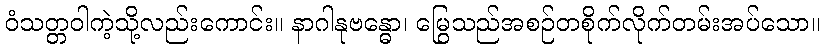
ဝံသတ္တဝါကဲ့သို့လည်းကောင်း။ နာဂါနုဗန္ဓော၊ မြွေသည်အစဉ်တစိုက်လိုက်တမ်းအပ်သော။